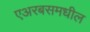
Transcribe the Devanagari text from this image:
एअरबसमधील